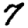
Digit: 7